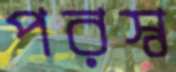
পরস্ব